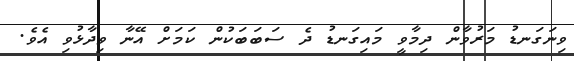
ވިނަގަނޑު މަރުވާން ދިމާވީ މައިގަނޑު ދެ ސަބަބަކުން ކަމަށް އޭނާ ވިދާޅުވި އެވެ.